Annual administration report of the Civil Veterinary Department of India - 1909-1910
Year: 1909
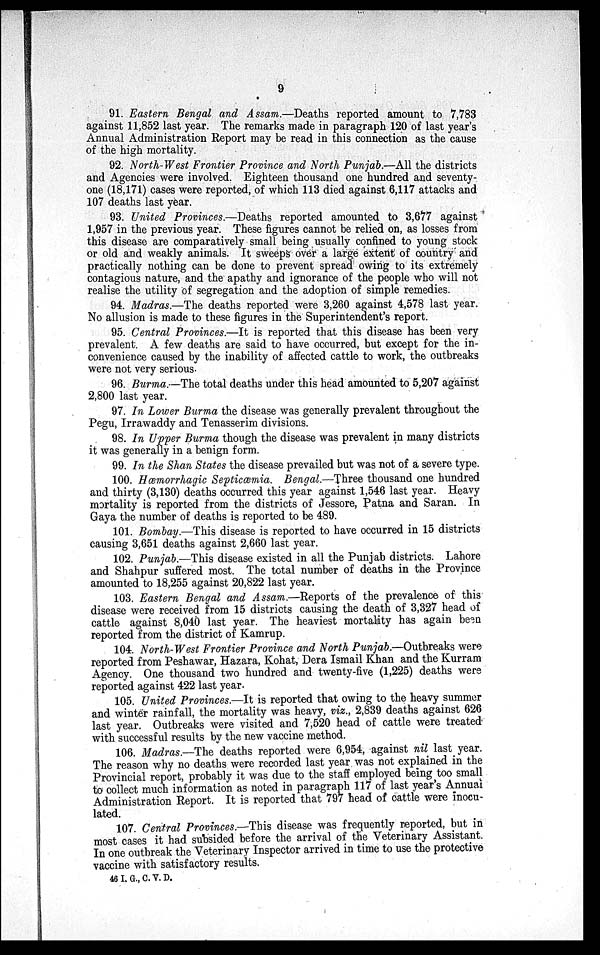
9
91. Eastern Bengal and Assam.—Deaths reported amount to 7,783
against 11,852 last year. The remarks made in paragraph 120 of last year's
Annual Administration Report may be read in this connection as the cause
of the high mortality.
92. North-West Frontier Province and North Punjab.—All the districts
and Agencies were involved. Eighteen thousand one hundred and seventy-
one (18,171) cases were reported, of which 113 died against 6,117 attacks and
107 deaths last year.
93. United Provinces.—Deaths reported amounted to 3,677 against
1,957 in the previous year. These figures cannot be relied on, as losses from
this disease are comparatively small being usually confined to young stock
or old and weakly animals. It sweeps over a large extent of country and
practically nothing can be done to prevent spread owing to its extremely
contagious nature, and the apathy and ignorance of the people who will not
realise the utility of segregation and the adoption of simple remedies.
94. Madras.—The deaths reported were 3,260 against 4,578 last year.
No allusion is made to these figures in the Superintendent's report.
95. Central Provinces.—It is reported that this disease has been very
prevalent. A few deaths are said to have occurred, but except for the in-
convenience caused by the inability of affected cattle to work, the outbreaks
were not very serious.
96. Burma.—The total deaths under this head amounted to 5,207 against
2,800 last year.
97. In Lower Burma the disease was generally prevalent throughout the
Pegu, Irrawaddy and Tenasserim divisions.
98. In Upper Burma though the disease was prevalent in many districts
it was generally in a benign form.
99. In the Shan States the disease prevailed but was not of a severe type.
100. Hæmorrhagic Septicæmia. Bengal.—Three thousand one hundred
and thirty (3,130) deaths occurred this year against 1,546 last year. Heavy
mortality is reported from the districts of Jessore, Patna and Saran. In
Gaya the number of deaths is reported to be 489.
101. Bombay.—This disease is reported to have occurred in 15 districts
causing 3,651 deaths against 2,660 last year.
102. Punjab.—This disease existed in all the Punjab districts. Lahore
and Shahpur suffered most. The total number of deaths in the Province
amounted to 18,255 against 20,822 last year.
103. Eastern Bengal and Assam.—Reports of the prevalence of this
disease were received from 15 districts causing the death of 3,327 head of
cattle against 8,040 last year. The heaviest mortality has again been
reported from the district of Kamrup.
104. North-West Frontier Province and North Punjab.—Outbreaks were
reported from Peshawar, Hazara, Kohat, Dera Ismail Khan and the Kurram
Agency. One thousand two hundred and twenty-five (1,225) deaths were
reported against 422 last year.
105. United Provinces.—It is reported that owing to the heavy summer
and winter rainfall, the mortality was heavy, viz., 2,839 deaths against 626
last year. Outbreaks were visited and 7,520 head of cattle were treated
with successful results by the new vaccine method.
106. Madras.—The deaths reported were 6,954, against nil last year.
The reason why no deaths were recorded last year was not explained in the
Provincial report, probably it was due to the staff employed being too small
to collect much information as noted in paragraph 117 of last year's Annual
Administration Report. It is reported that 797 head of cattle were inocu-
lated.
107. Central Provinces.—This disease was frequently reported, but in
most cases it had subsided before the arrival of the Veterinary Assistant.
In one outbreak the Veterinary Inspector arrived in time to use the protective
vaccine with satisfactory results.
46 I. G., C. V. D.